Report on horse surra - Volume I
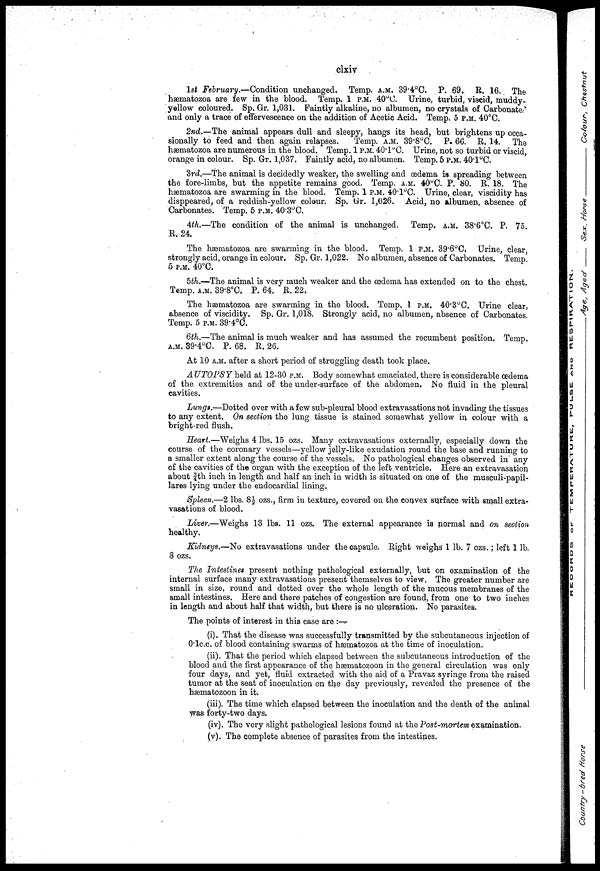
clxiv
1st February.—Condition unchanged. Temp. A.M. 39.4°C. P. 69. R. 16. The
hæmatozoa are few in the blood. Temp. 1 P.M. 40°C. Urine, turbid, viscid, muddy-
yellow coloured. Sp. Gr. 1,031. Faintly alkaline, no albumen, no crystals of Carbonate.
and only a trace of effervescence on the addition of Acetic Acid. Temp. 5 P.M. 40°C.
2nd.—The animal appears dull and sleepy, hangs its head, but brightens up occa-
sionally to feed and then again relapses.
Temp. A.M. 39.8°C. P. 66. R. 14. The
hæmatozoa are numerous in the blood. Temp. 1 P.M. 40.1°C. Urine, not so turbid or viscid,
orange in colour. Sp. Gr. 1,037. Faintly acid, no albumen. Temp. 5 P.M. 40.1°C.
3rd.—The animal is decidedly weaker, the swelling and oedema is spreading between
the fore-limbs, but the appetite remains good. Temp. A.M. 40°C. P. 80. R. 18. The
hæmatozoa are swarming in the blood. Temp. 1 P.M. 40.1°C. Urine, clear, viscidity has
disppeared, of a reddish-yellow colour. Sp. Gr. 1,026. Acid, no albumen, absence of
Carbonates. Temp. 5 P.M. 40.3°C.
4th.—The condition of the animal is unchanged. Temp. A.M. 38.6ºC. P. 75.
R. 24.
The hæmatozoa are swarming in the blood. Temp. 1 P.M. 39.6°C, Urine, clear,
strongly acid, orange in colour. Sp. Gr. 1,022. No albumen, absence of Carbonates. Temp.
5 P.M. 40°C.
5th.—The animal is very much weaker and the œdema has extended on to the chest.
Temp. A.M. 39.8°C. P. 64. R. 22.
The hæmatozoa are swarming in the blood. Temp. 1 P.M. 40.3°C, Urine clear,
absence of viscidity. Sp. Gr. 1,018. Strongly acid, no albumen, absence of Carbonates.
Temp. 5 P.M. 39.4°C.
6th.—The animal is much weaker and has assumed the recumbent position. Temp,
A.M. 39.4°C. P. 68. R. 26.
At 10 A.M. after a short period of struggling death took place,
AUTOPSY held at 12-30 P.M. Body somewhat emaciated, there is considerable œdema
of the extremities and of the under-surface of the abdomen, No fluid in the pleural
cavities.
Lungs.—Dotted over with a few sub-pleural blood extravasations not invading the tissues
to any extent. On section the lung tissue is stained somewhat yellow in colour with a
bright-red flush.
Heart.—Weighs 4 lbs. 15 ozs. Many extravasations externally, especially down the
course of the coronary vessels—yellow jelly-like exudation round the base and running to
a smaller extent along the course of the vessels. No pathological changes observed in any
of the cavities of the organ with the exception of the left ventricle. Here an extravasation
about 3/4th inch in length and half an inch in width is situated on one of the musculi-papil-
lares lying under the endocardial lining.
Spleen.—2 lbs. 8½ ozs., firm in texture, covered on the convex surface with small extra-
vasations of blood.
Liver.—Weighs 13 lbs. 11 ozs. The external appearance is normal and on section
healthy.
Kidneys.—No extravasations under the capsule. Right weighs 1 lb. 7 ozs.; left 1 lb.
8 ozs.
The Intestines present nothing pathological externally, but on examination of the
internal surface many extravasations present themselves to view. The greater number are
small in size, round and dotted over the whole length of the mucous membranes of the
small intestines. Here and there patches of congestion are found, from one to two inches
in length and about half that width, but there is no ulceration. No parasites.
The points of interest in this case are :—
(i). That the disease was successfully transmitted by the subcutaneous injection of
0.1c.c. of blood containing swarms of hæmatozoa at the time of inoculation.
(ii). That the period which elapsed between the subcutaneous introduction of the
blood and the first appearance of the hæmatozoon in the general circulation was only
four days, and yet, fluid extracted with the aid of a Pravaz syringe from the raised
tumor at the seat of inoculation on the day previously, revealed the presence of the
hæmatozoon in it.
(iii). The time which elapsed between the inoculation and the death of the animal
was forty-two days.
(iv). The very slight pathological lesions found at the Post-mortem examination.
(v). The complete absence of parasites from the intestines.